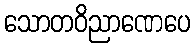
သောတဝိညာဏေပေ